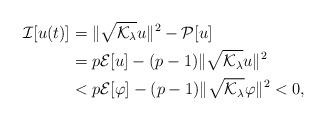
LaTeX: \begin{align*}\mathcal I[u(t)]&=\|\sqrt{\mathcal K_\lambda} u\|^2-\mathcal P[u]\\&=p\mathcal E[u]-(p-1)\|\sqrt{\mathcal K_\lambda} u\|^2\\&< p\mathcal E[\varphi]-(p-1)\|\sqrt{\mathcal K_\lambda}\varphi\|^2<0, \end{align*}